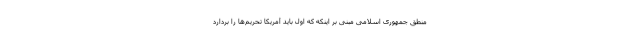
منطق جمهوری اسلامی مبنی بر اینکه که اول باید آمریکا تحریم‌ها را بردارد